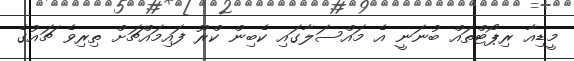
މީޑިއާ ރިޕޯޓްތައް ބުނަނީ އެ މައްސަލާގައި ކެބިން ކްރޫ ފައިމައްޗަށް ތިރިވެ ޗައުގެ